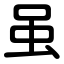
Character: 虽